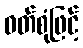
ဝတ်စုံဖြင့်